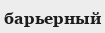
барьерный